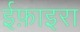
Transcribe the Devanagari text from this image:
ईफ़ाइरा